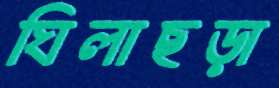
ঘিলাছড়া